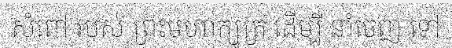
សំពៅ របស់ ព្រះមហាក្សត្រ ដើម្បី នាំចេញ ទៅ